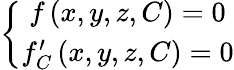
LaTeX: \left\{ \begin{array}{c}{f\left(x,y,z,C\right)=0}\\ {f_{C}^{\prime}\left(x,y,z,C\right)=0}\end{array}\right.